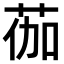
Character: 𫈆